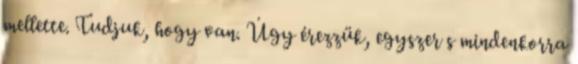
mellette. Tudjuk, hogy van. Úgy érezzük, egyszer s mindenkorra